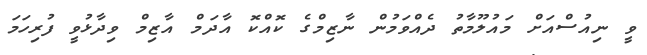
ވީ ނިއުސްއަށް މައުލޫމާތު ދެއްވަމުން ނާޒިމްގެ ކޮއްކޮ އާދަމް އާޒިމް ވިދާޅުވީ ފުރިހަމަ